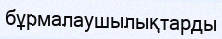
бұрмалаушылықтарды